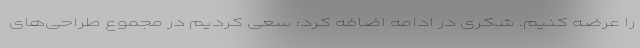
را عرضه کنیم. شکری در ادامه اضافه کرد: سعی کردیم در مجموع طراحی‌های